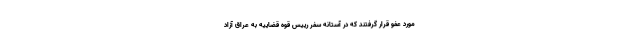
مورد عفو قرار گرفتند که در آستانه سفر رییس قوه قضاییه به عراق آزاد